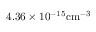
4 . 3 6 \times 1 0 ^ { - 1 5 } \mathrm { c m } ^ { - 3 }